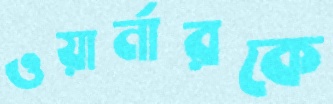
ওয়ার্নারকে